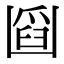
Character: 𠚘